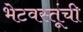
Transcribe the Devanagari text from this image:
भेटवस्तूंची